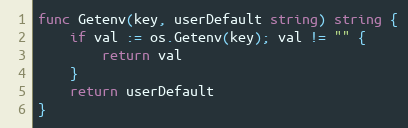
Language: Go
func Getenv(key, userDefault string) string {
	if val := os.Getenv(key); val != "" {
		return val
	}
	return userDefault
}